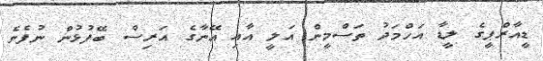
ޑީއާރްޕީގެ ލީޑާ އަހްމަދު ތަސްމީން އަލީ އާއި އޭނާގެ އަރިސް ބޭފުޅުން ނުފެނެ